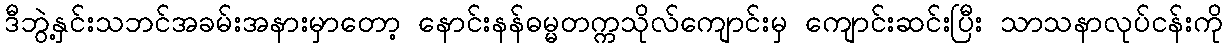
ဒီဘွဲ့နှင်းသဘင်အခမ်းအနားမှာတော့ နောင်းနန်ဓမ္မတက္ကသိုလ်ကျောင်းမှ ကျောင်းဆင်းပြီး သာသနာလုပ်ငန်းကို